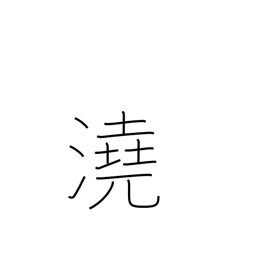
Meaning: shallow